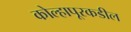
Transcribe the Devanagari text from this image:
कोल्हापूरकडील